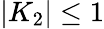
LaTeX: |K_{2}|\le 1